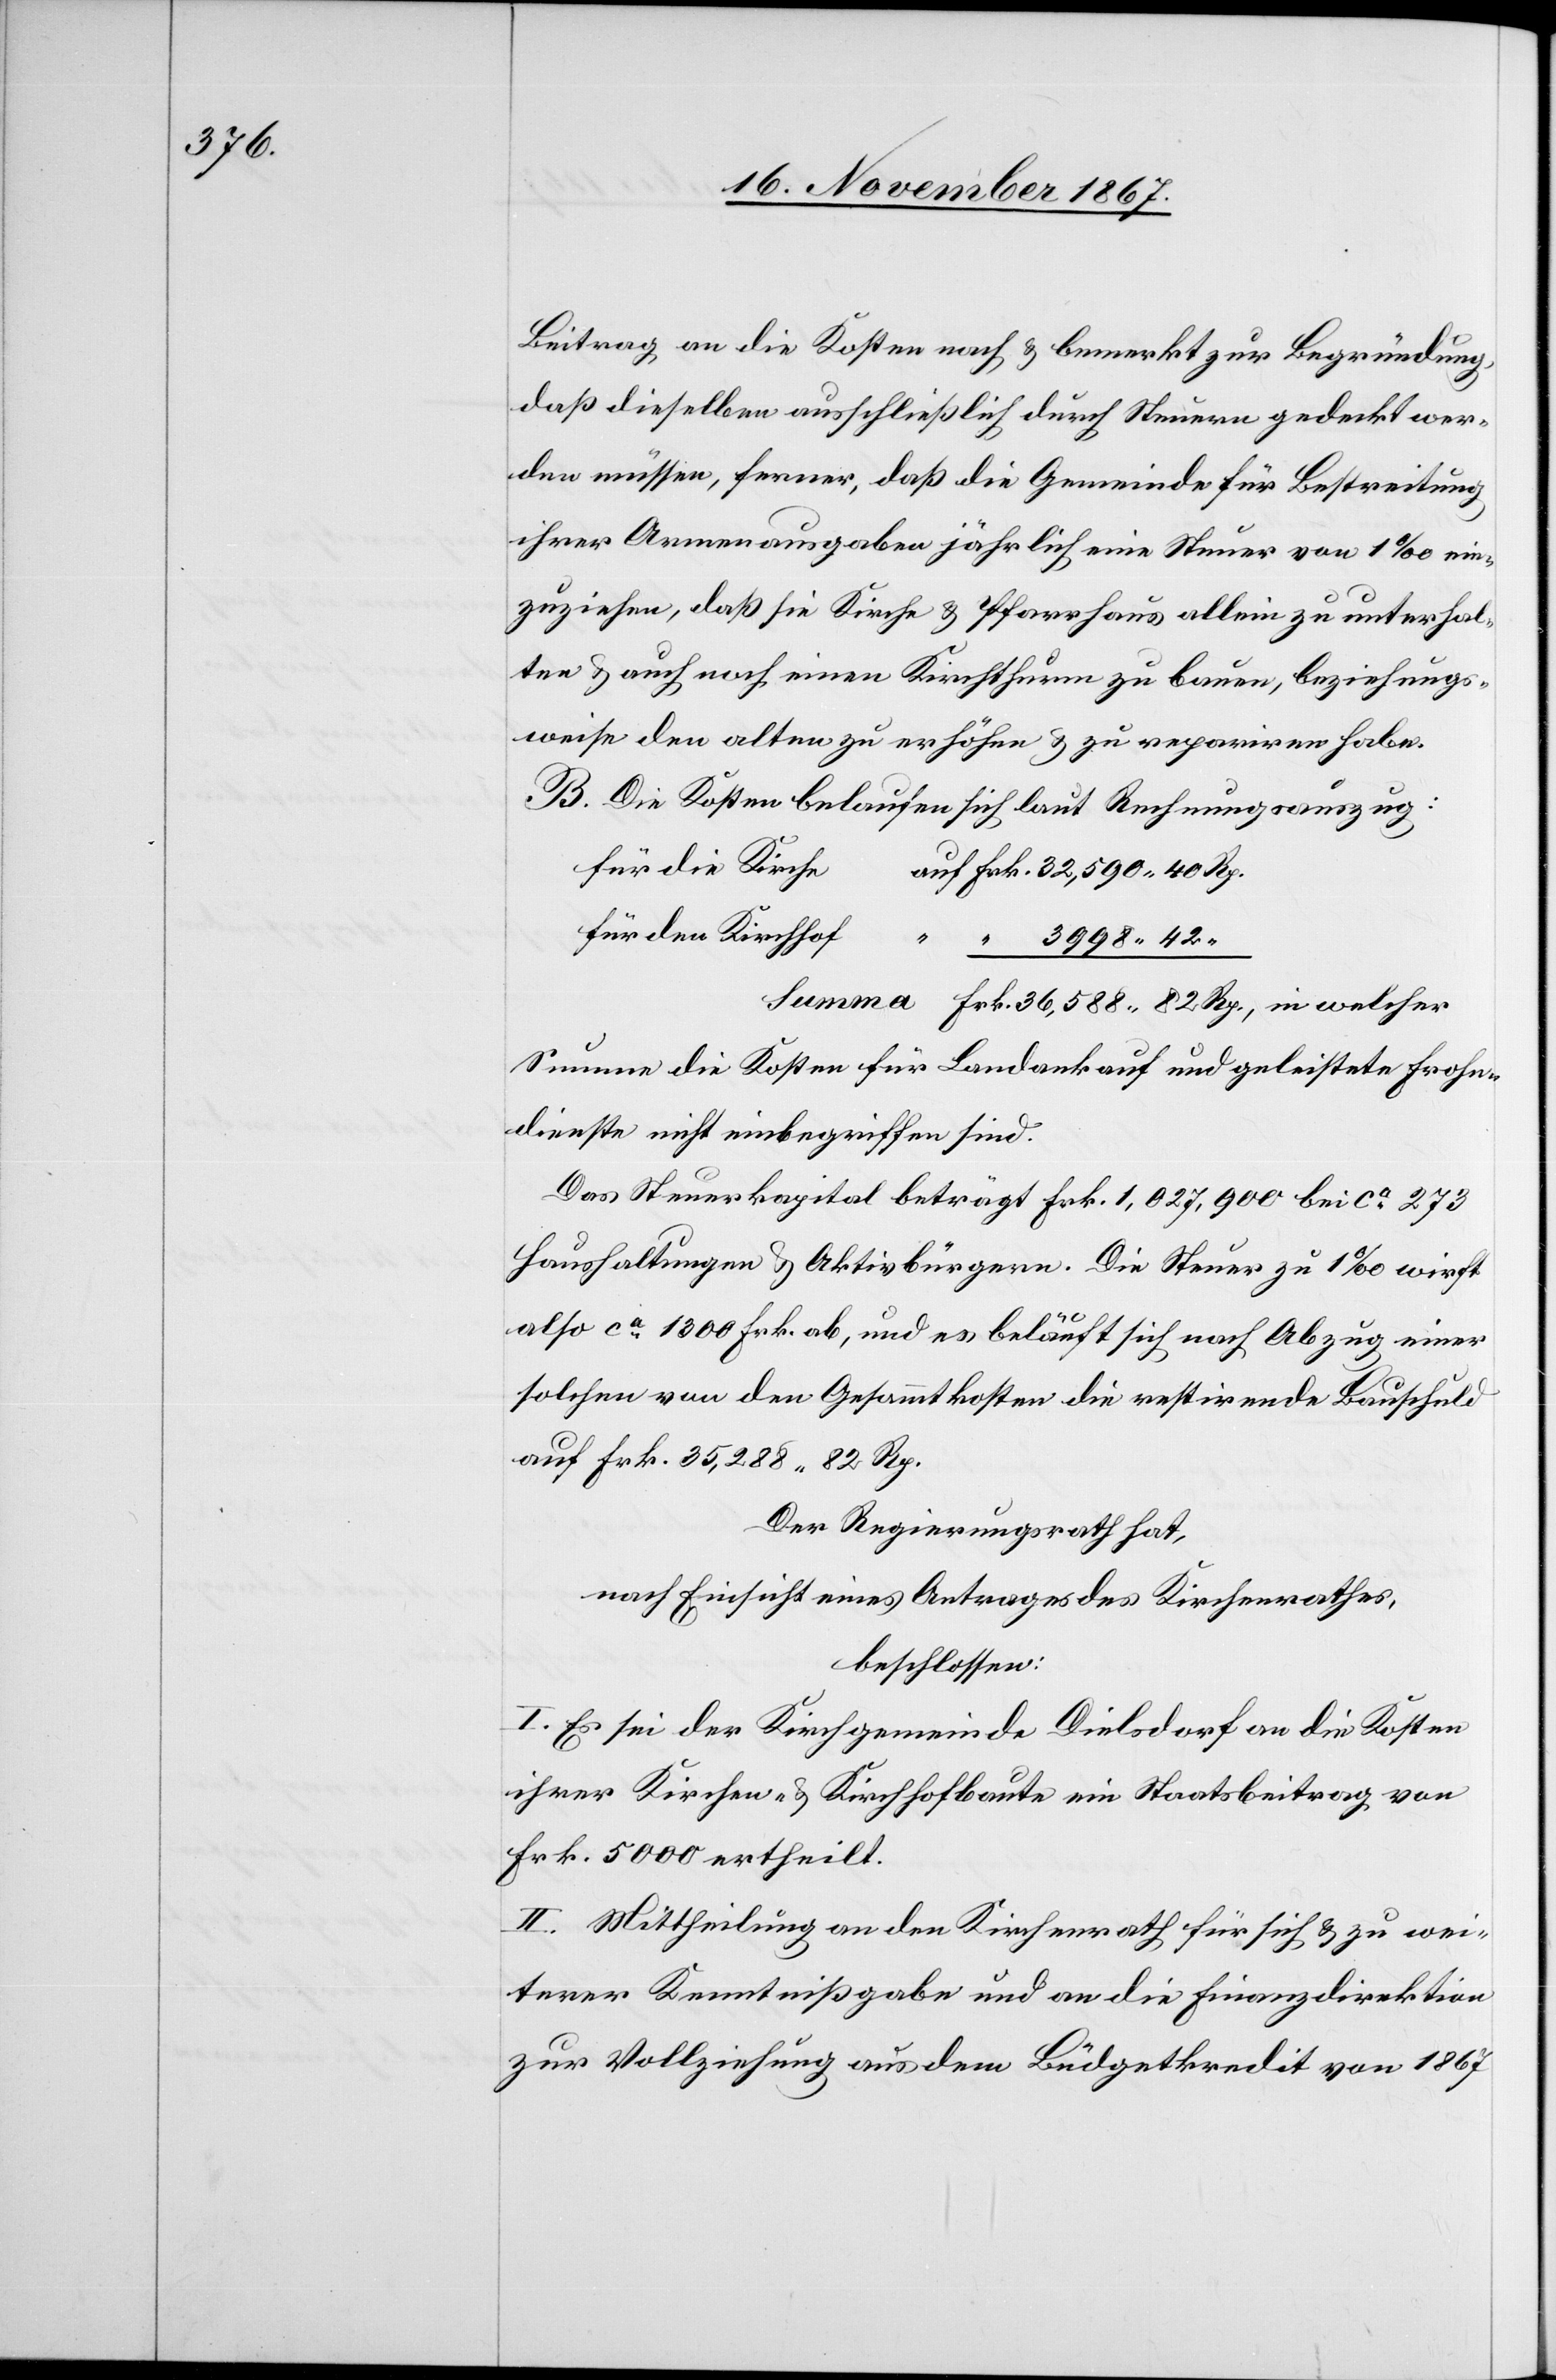
32 590.

Beitrag an die Kosten nach u. bemerkt zur Begründung,
daß dieselben ausschließlich durch Steuern gedeckt wer¬
den müssen, ferner, daß die Gemeinde für Bestreitung
ihrer Armenausgaben jährlich eine Steuer von 1‰ ein¬
zuziehen, daß die Kirche- u. [das] Pfarrhaus allein zu unterhal¬
ten u. auch noch einen Kirchthurm zu bauen, beziehungs¬
weise den alten zu erhöhen u. zu repariren habe.
B. Die Kosten belaufen sich laut Rechnungsauszug:
Summe die Kosten für Landankauf und geleistete Frohn¬
dienste nicht einbegriffen sind.
Das Steuerkapital beträgt Frk. 1 027 900 bei ca 272
Haushaltungen u. Aktivbürgern. Die Steuer zu 1‰ wirft
588.
also ca. 1300 Frk. ab, und es beläuft sich nach Abzug einer
solchen von den Gesammtkosten die restirende Bauschuld
auf Frk. 35 288.82 Rp.
Der Regierungsrath hat,
nach Einsicht eines Antrages des Kirchenrathes,
beschlossen:
I. Es sei der Kirchgemeinde Dielsdorf an die Kosten
ihrer Kirchen- u. Kirchhofbaute ein Staatsbeitrag von
Frk. 5000 ertheilt.
II. Mittheilung an den Kirchenrath für sich u. zu wei¬
terer Kenntnißgabe und an die Finanzdirektion
zur Vollziehung aus dem Büdgetkredit von 1867